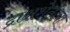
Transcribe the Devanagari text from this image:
द्राक्षशेतीचा